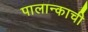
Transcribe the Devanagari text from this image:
पालान्काची